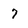
Character: 7